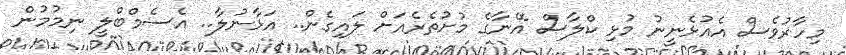
މިހާރުވެސް އެއުޅެނީނު މުޅި ކްލާސް އޭނާގެ މުށުތެރެއަށް ލައިގެން.. އަޅާނުލާ.. އެސެމްބްލީ ނިމުމުން